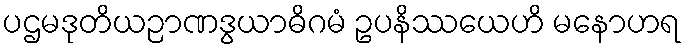
ပဌမဒုတိယဉာဏဒွယာဓိဂမံ ဥပနိဿယေဟိ မနောဟရ